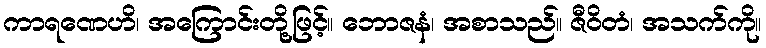
ကာရဏေဟိ၊ အကြောင်းတို့ဖြင့်။ ဘောဇနံ၊ အစာသည်။ ဇီဝိတံ၊ အသက်ကို။